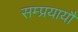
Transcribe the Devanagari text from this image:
सम्प्रयायौं